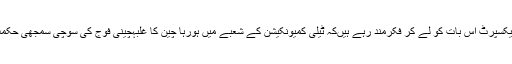
اسٹریٹیجک ایکسپرٹ اس بات کو لے کر فکرمند رہے ہیںکہ ٹیلی کمیونکیشن کے شعبے میں ہورہا چین کا غلبہچینی فوج کی سوچی سمجھی حکمت عملی ہے۔